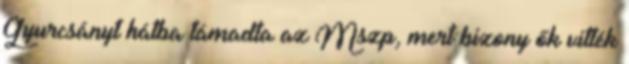
Gyurcsányt hátba támadta az Mszp, mert bizony ők vitték